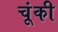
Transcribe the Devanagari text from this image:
चूंकी